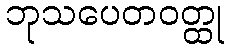
ဘုသပေတဝတ္ထု